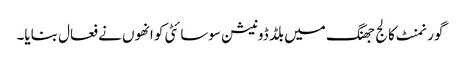
گورنمنٹ کالج جھنگ میں بلڈ ڈونیشن سوسائٹی کو انھوں نے فعال بنایا۔